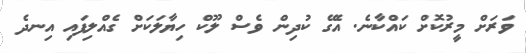
ވަރަށް މީރުކޮށް ކައްކާނެ. އެގޭ ކުދިން ވެސް ލޫކް ހިޔާލަކަށް ގެއްލިފައި އިނދެ